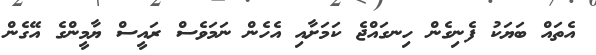
އެތައް ބަޔަކު ފެނިގެން ހިނގައްޖެ ކަމަށާއި އެހެން ނަމަވެސް ރައީސް ޔާމީންގެ އޭގެން